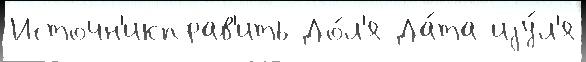
Источн'икправ'ить До́л'я Да́та иjу́л'я